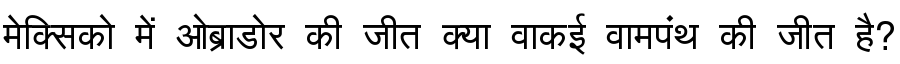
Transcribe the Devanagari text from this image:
मेक्सिको में ओब्राडोर की जीत क्या वाकई वामपंथ की जीत है?